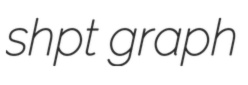
shpt graph